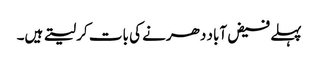
پہلے فیض آباد دھرنے کی بات کر لیتے ہیں۔